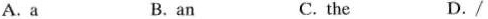
A.a B.anC.theD./